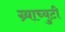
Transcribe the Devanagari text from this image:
ग्र्याच्युटी